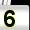
Digit: 5